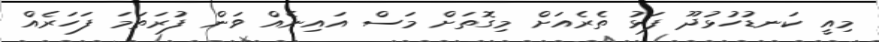
މިއީ ކަނޑުހުޅުދޫ ފަޅު ތެރެއަށް މިގޮތަށް މަސް އައިނެއް ވަން ފުރަތަމަ ފަހަރެއް